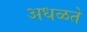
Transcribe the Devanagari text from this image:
अधळते